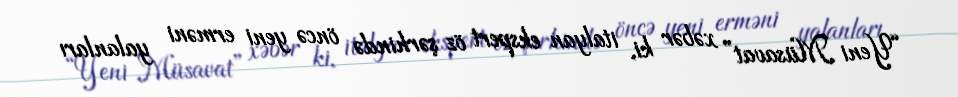
“Yeni Müsavat” xəbər ki, italyan ekspert öz şərhində öncə yeni erməni yalanları